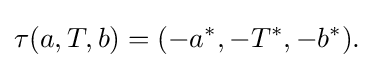
\displaystyle {\tau (a,T,b)=(-a^{*},-T^{*},-b^{*}).}